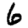
Digit: 6